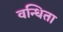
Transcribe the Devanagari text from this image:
वन्धिता